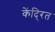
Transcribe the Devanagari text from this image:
केंदि्रत